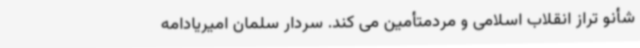
شأنو تراز انقلاب اسلامی و مردمتأمین می کند. سردار سلمان امیریادامه